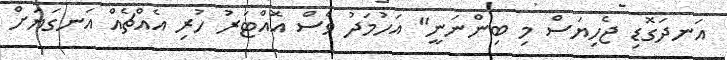
އަނދަގޮޑި ޖެހިޔަސް މި ބިންނަނީ" އަހުމަދު ވެސް އޮއްޓަރު ހުރި އެއްޗެއް އަނގަޔަށް